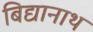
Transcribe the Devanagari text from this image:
बिद्यानाथ